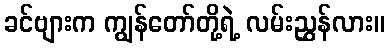
ခင်ဗျားက ကျွန်တော်တို့ရဲ့ လမ်းညွှန်လား။